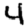
Digit: 4